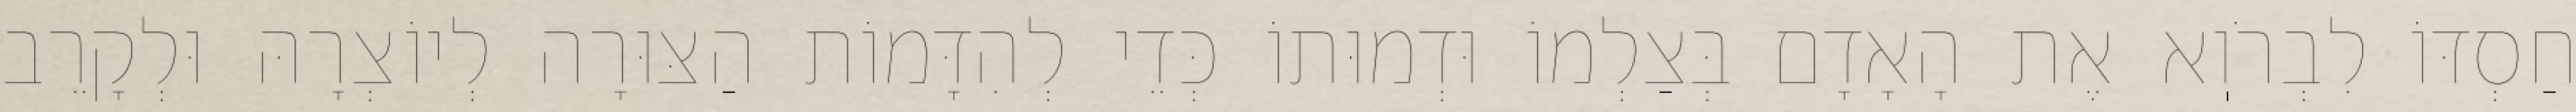
חַסְדּוֹ לִבְרֹוֽא אֶת הָאָדָם בְּצַלְמוֹ וּדְמוּתוֹ כְּדֵי לְהִדָּמוֹת הַצּוּרָה לְיוֹצְרָהּ וּלְקָרֵב